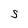
Character: s